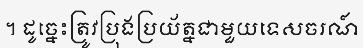
។ ដូច្នេះត្រូវប្រុងប្រយ័ត្នជាមួយទេសចរណ៍